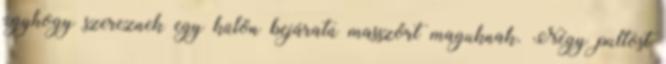
úgyhogy szereznek egy külön bejáratú masszőrt maguknak. Négy pultost